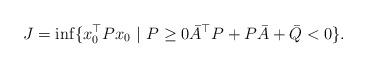
LaTeX: \begin{align*}J =\inf \{ x_0^{\top} Px_0 \ | \ P \geq 0 \bar{A}^{\top} P + P\bar{A} + \bar{Q} < 0 \}.\end{align*}